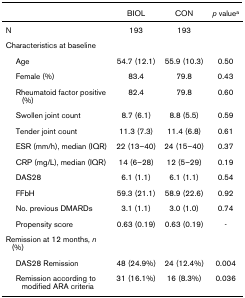
<table><thead><tr><td>[EMPTY_CELL]</td><td><b>BIOL</b></td><td><b>CON</b></td><td><b><i>p</i> value<sup>a</sup></b></td></tr></thead><tbody><tr><td>N</td><td>193</td><td>193</td><td>[EMPTY_CELL]</td></tr><tr><td>Characteristics at baseline</td><td>[EMPTY_CELL]</td><td>[EMPTY_CELL]</td><td>[EMPTY_CELL]</td></tr><tr><td> Age</td><td>54.7 (12.1)</td><td>55.9 (10.3)</td><td>0.50</td></tr><tr><td> Female (%)</td><td>83.4</td><td>79.8</td><td>0.43</td></tr><tr><td> Rheumatoid factor positive (%)</td><td>82.4</td><td>79.8</td><td>0.60</td></tr><tr><td> Swollen joint count</td><td>8.7 (6.1)</td><td>8.8 (5.5)</td><td>0.59</td></tr><tr><td> Tender joint count</td><td>11.3 (7.3)</td><td>11.4 (6.8)</td><td>0.61</td></tr><tr><td> ESR (mm/h), median (IQR)</td><td>22 (13–40)</td><td>24 (15–40)</td><td>0.37</td></tr><tr><td> CRP (mg/L), median (IQR)</td><td>14 (6–28)</td><td>12 (5–29)</td><td>0.19</td></tr><tr><td> DAS28</td><td>6.1 (1.1)</td><td>6.1 (1.1)</td><td>0.54</td></tr><tr><td> FFbH</td><td>59.3 (21.1)</td><td>58.9 (22.6)</td><td>0.92</td></tr><tr><td> No. previous DMARDs</td><td>3.1 (1.1)</td><td>3.0 (1.0)</td><td>0.74</td></tr><tr><td> Propensity score</td><td>0.63 (0.19)</td><td>0.63 (0.19)</td><td>-</td></tr><tr><td>Remission at 12 months, <i>n </i>(%)</td><td>[EMPTY_CELL]</td><td>[EMPTY_CELL]</td><td>[EMPTY_CELL]</td></tr><tr><td> DAS28 Remission</td><td>48 (24.9%)</td><td>24 (12.4%)</td><td>0.004</td></tr><tr><td> Remission according to modified ARA criteria</td><td>31 (16.1%)</td><td>16 (8.3%)</td><td>0.036</td></tr></tbody></table>